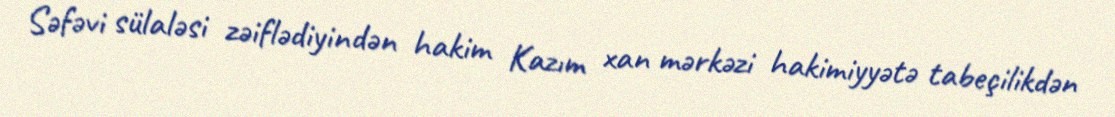
Səfəvi sülaləsi zəiflədiyindən hakim Kazım xan mərkəzi hakimiyyətə tabeçilikdən